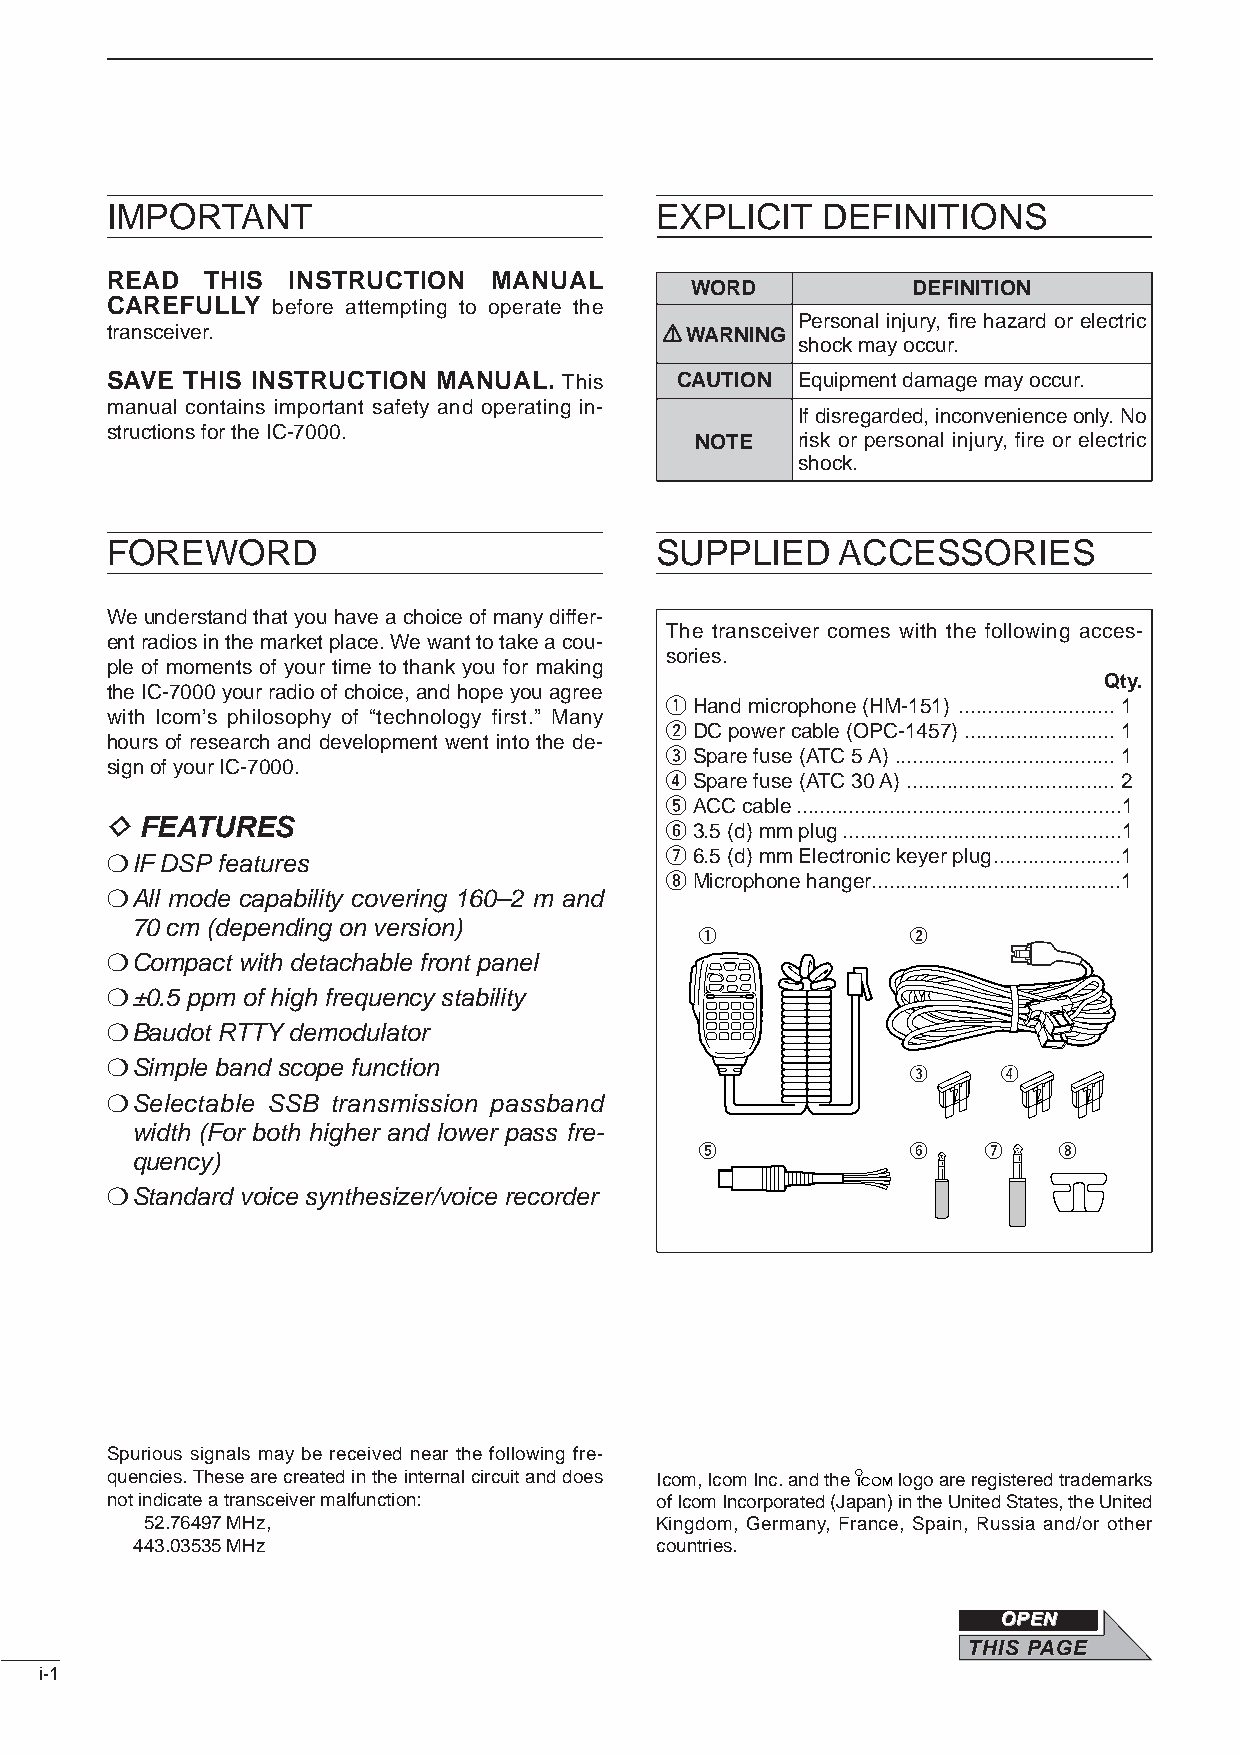
IMPORTANT                           EXPLICIT   DEFINITIONS
 READ   THIS INSTRUCTION   MANUAL
 WORD          DEFINITION
 CAREFULLY  before attempting to operate the
 Personal injury, fire hazard or electric
 transceiver.                         RRWARNING
 shock may occur.
 SAVE THIS INSTRUCTION MANUAL. This    CAUTION Equipment damage may occur.
 manual contains important safety and operating in-
 If disregarded, inconvenience only. No
 structions for the IC-7000.
 NOTE   risk or personal injury, fire or electric
 shock.
 FOREWORD                            SUPPLIED     ACCESSORIES
 We understand that you have a choice of many differ-
 The transceiver comes with the following acces-
 ent radios in the market place. We want to take a cou-
 sories.
 ple of moments of your time to thank you for making
 Qty.
 the IC-7000 your radio of choice, and hope you agree
 qHand microphone (HM-151) ...........................1
 with Icom’s philosophy of “technology first.” Many
 wDC power cable (OPC-1457) ..........................1
 hours of research and development went into the de-
 eSpare fuse (ATC 5 A) ......................................1
 sign of your IC-7000.
 rSpare fuse (ATC 30 A) ....................................2
 tACC cable........................................................1
 DFEATURES
 y3.5 (d) mm plug................................................1
 ❍IF DSPfeatures                      u6.5 (d) mm Electronic keyer plug......................1
 iMicrophone hanger...........................................1
 ❍All mode capability covering 160–2 m and
 70 cm (depending on version)
 q             w
 ❍Compact with detachable front panel
 ❍±0.5 ppm of high frequency stability
 ❍Baudot RTTY demodulator
 ❍Simple band scope function
 e     r
 ❍Selectable SSB transmission passband
 width (For both higher and lower pass fre-
 t             y    u    i
 quency)
 ❍Standard voice synthesizer/voice recorder
 Spurious signals may be received near the following fre-
 quencies. These are created in the internal circuit and does Icom, Icom Inc. and the logo are registered trademarks
 not indicate a transceiver malfunction: of Icom Incorporated (Japan) in the United States, the United
 52.76497 MHz,                    Kingdom, Germany, France, Spain, Russia and/or other
 443.03535 MHz                     countries.
 OOPPEENN
 TTHHIISS PPAAGGEE
 i-1